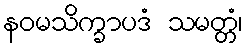
နဝမသိက္ခာပဒံ သမတ္တံ၊